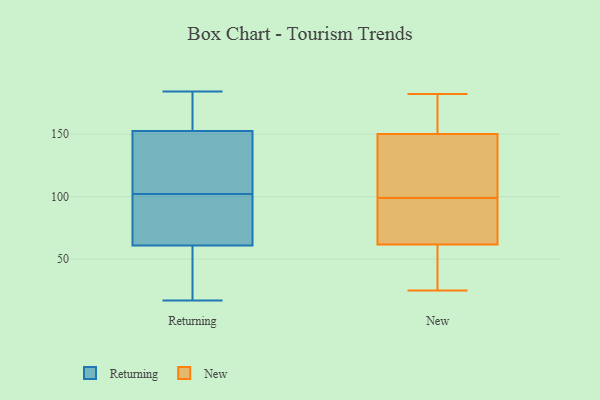
{"axis": {"x": "Inventory Turnover", "y": "Value"}, "legend": ["New", "Returning"], "data": [{"x": "", "y": 120, "type": "Returning"}, {"x": "", "y": 163, "type": "Returning"}, {"x": "", "y": 34, "type": "Returning"}, {"x": "", "y": 100, "type": "Returning"}, {"x": "", "y": 142, "type": "Returning"}, {"x": "", "y": 96, "type": "Returning"}, {"x": "", "y": 17, "type": "Returning"}, {"x": "", "y": 173, "type": "Returning"}, {"x": "", "y": 184, "type": "Returning"}, {"x": "", "y": 55, "type": "Returning"}, {"x": "", "y": 104, "type": "Returning"}, {"x": "", "y": 67, "type": "Returning"}, {"x": "", "y": 82, "type": "New"}, {"x": "", "y": 102, "type": "New"}, {"x": "", "y": 149, "type": "New"}, {"x": "", "y": 83, "type": "New"}, {"x": "", "y": 52, "type": "New"}, {"x": "", "y": 25, "type": "New"}, {"x": "", "y": 153, "type": "New"}, {"x": "", "y": 99, "type": "New"}, {"x": "", "y": 32, "type": "New"}, {"x": "", "y": 182, "type": "New"}, {"x": "", "y": 65, "type": "New"}, {"x": "", "y": 139, "type": "New"}, {"x": "", "y": 167, "type": "New"}]}